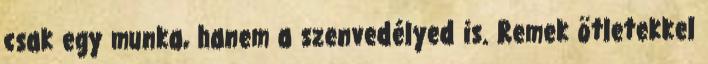
csak egy munka, hanem a szenvedélyed is. Remek ötletekkel